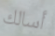
أسالك